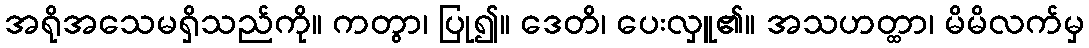
အရိုအသေမရှိသည်ကို။ ကတွာ၊ ပြု၍။ ဒေတိ၊ ပေးလှူ၏။ အသဟတ္ထာ၊ မိမိလက်မှ